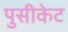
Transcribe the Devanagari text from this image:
पुसीकेट